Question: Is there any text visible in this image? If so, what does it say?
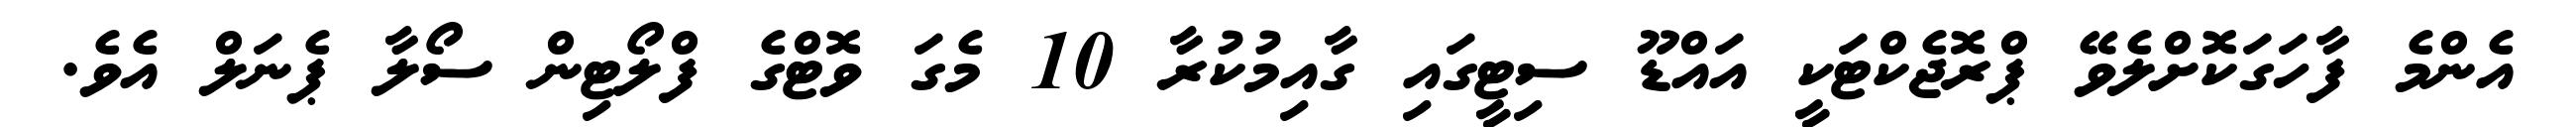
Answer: އެންމެ ފާހަގަކޮށްލެވޭ ޕްރޮޖެކްޓަކީ އައްޑޫ ސިޓީގައި ގާއިމުކުރާ 10 މެގަ ވޮޓްގެ ފްލޯޓިން ސޯލާ ޕެނަލް އެވެ.